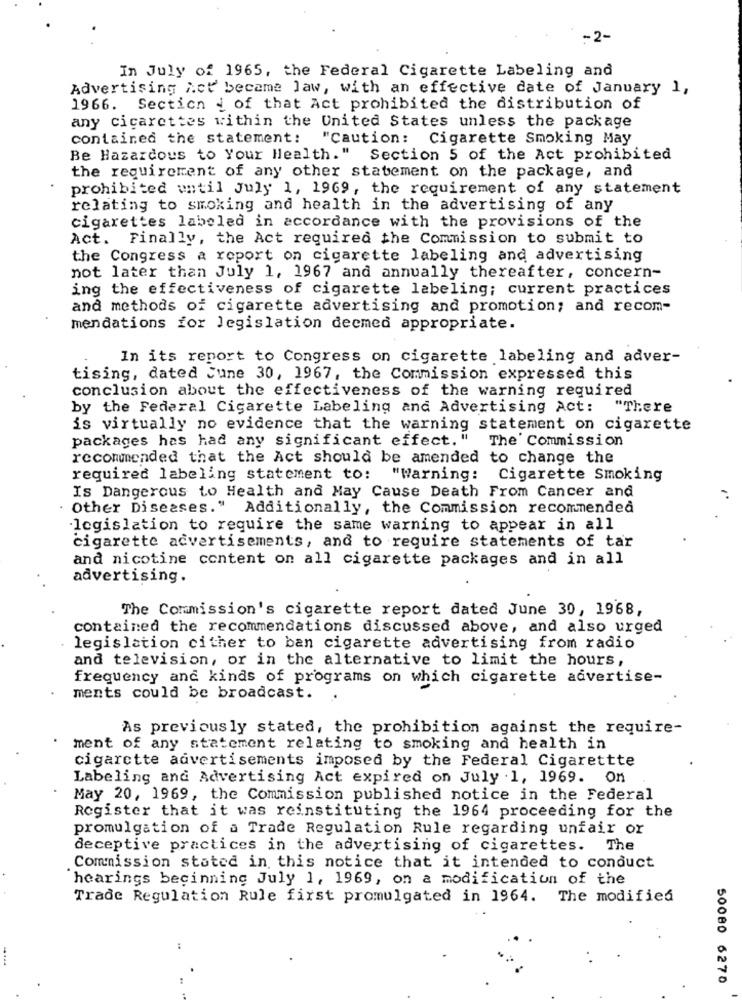
-2-
In July of 1965, the Federal Cigarette Labeling and
Advertising Act became law, with an effective date of January 1,
1966. Section i of that Act prohibited the distribution of
any cigarettes within the United States unless the package
contained the statement: "Caution:
Cigarette Smoking May
Be Hazardous to Your Health." Section 5 of the Act prohibited
the requirement of any other statement on the package, and
prohibited until July 1, 1969, the requirement of any statement
relating to smoking and health in the advertising of any
cigarettes labeled in accordance with the provisions of the
Act. Finally, the Act required the Commission to submit to
the Congress a report on cigarette labeling and advertising
not later than July 1, 1967 and annually thereafter, concern-
ing the effectiveness of cigarette labeling; current practices
and methods of cigarette advertising and promotion; and recom-
mendations for legislation deemed appropriate.
In its report to Congress on cigarette labeling and adver-
tising, dated June 30, 1967, the Commission expressed this
conclusion about the effectiveness of the warning required
by the Federal Cigarette Labeling and Advertising Act: "There
is virtually no evidence that the warning statement on cigarette
packages has had any significant effect. "
The' Commission
recommended that the Act should be amended to change the
required labeling statement to: "Warning: Cigarette Smoking
Is Dangerous to Health and May Cause Death From Cancer and
Other Diseases." Additionally, the Commission recommended
legislation to require the same warning to appear in all
cigarette advertisements, and to require statements of tar
and nicotine content on all cigarette packages and in all
advertising.
The Commission's cigarette report dated June 30, 1968,
contained the recommendations discussed above, and also urged
legislation cither to ban cigarette advertising from radio
and television, or in the alternative to limit the hours,
frequency and kinds of programs on which cigarette advertise-
ments could be broadcast.
As previously stated, the prohibition against the require-
ment of any statement relating to smoking and health in
cigarette advertisements imposed by the Federal Cigarettte
Labeling and Advertising Act expired on July . 1, 1969. On
May 20, 1969, the Commission published notice in the Federal
Register that it was reinstituting the 1964 proceeding for the
promulgation of a Trade Regulation Rule regarding unfair or
deceptive practices in the advertising of cigarettes. The
Commission stated in this notice that it intended to conduct
hearings beginning July 1, 1969, on a modification of the
Trade Regulation Rule first promulgated in 1964. The modified
50080 6270